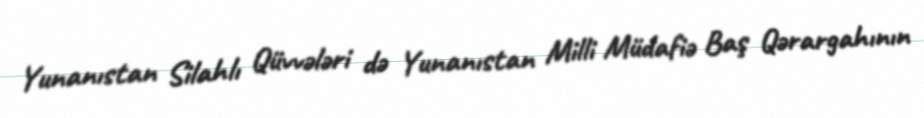
Yunanıstan Silahlı Qüvvələri də Yunanıstan Milli Müdafiə Baş Qərargahının